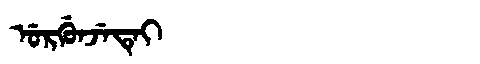
Manchu: ᡠᡵᡤᡠᠨᠵᡝᡨᡝᡳ
Romanization: URGUNJETEI